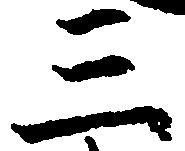
三